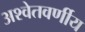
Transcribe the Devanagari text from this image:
अश्वेतवर्णीय